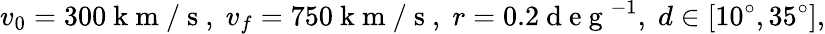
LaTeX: v_{0}=300\mathrm{~k~m~/~s~},\; v_{f}=750\mathrm{~k~m~/~s~},\; r=0.2\mathrm{~d~e~g~}^{-1},\; d\in[10^{\circ},35^{\circ}],